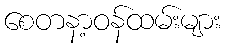
စေတနာ့ဝန်ထမ်းများ